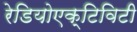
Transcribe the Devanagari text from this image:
रेडियोएक्टिविटी